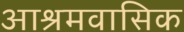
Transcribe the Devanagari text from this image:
आश्रमवासिक